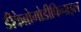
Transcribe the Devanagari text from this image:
डीकेब्रोमोडीफिनाइल